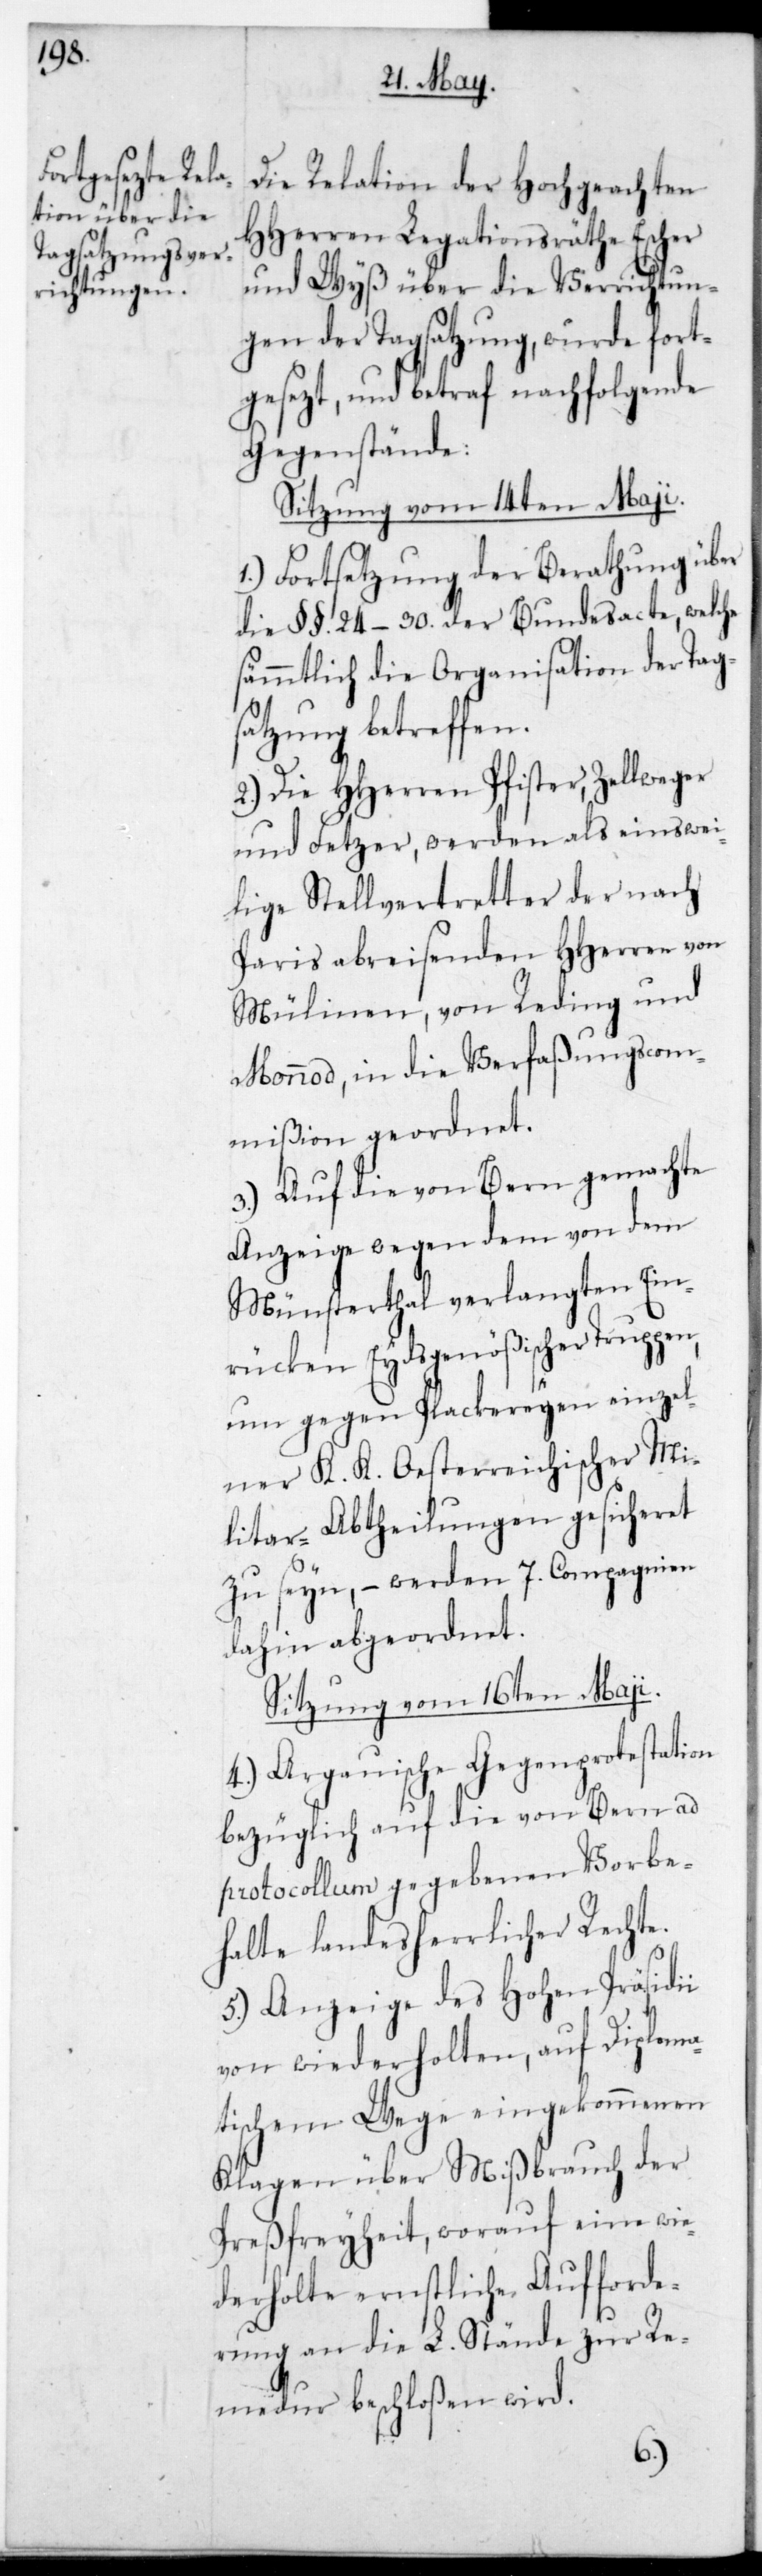
Die Relation der Hochgeachten
HHerren Legationsräthe Escher
und Wyß über die Verrichtun¬
gen der Tagsatzung, wurde fort¬
gesezt, und betraf nachfolgende
Gegenstände.
Sitzung vom 14ten May.
1.) Fortsetzung der Berathung über
die §§. 24-30. der Bundesacte, welche
sämmtlich die Organisation der Tag¬
satzung betreffen.
2.) Die HHerren Pfister, Zellweger
und Fetzer, werden als einstwei¬
lige Stellvertreter der nach
Paris abreisenden HHerren von
Mülinen, von Reding und
Monnod, in die Verfaßungscom¬
mißion geordnet.
3.) Auf die von Bern gemachte
Anzeige wegen dem von dem
Münstertal verlangten Ein¬
rücken Eydsgenößischer Truppen,
um gegen die Plackereien einzel¬
ner K. K. Oesterreichischer Mi¬
litär-Abtheilungen gesicheret
zu seyn, – werden 7. Compagnien
dahin abgeordnet.
Sitzung vom 16ten May.
4.) Argauische Gegenprotestation
bezüglich auf die von Bern ad
protocollum gegebenen Vorbe¬
halte landesherrlicher Rechte.
5.) Anzeige des Hohen Präsidii
von wiederholten, auf diploma¬
tischem Wege eingekommenen
Klagen über Mißbrauch der
Preßfreyheit, worauf eine wie¬
derholte ernstliche Aufforde¬
rung an die L. Stände zur Re¬
medur beschloßen wird.